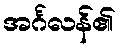
အင်္ဂလန်၏